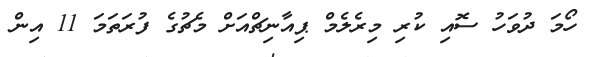
ހޯމަ ދުވަހު ސޮއި ކުރި މިރެލެމް ޕިއާނިޗްއަށް މެޗުގެ ފުރަތަމަ 11 އިން